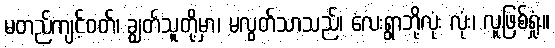
မတည်ကျင့်ဝတ်၊ ချွတ်သူတို့မှာ၊ မလွတ်သာသည်၊ လေးရွာဘို့လုံး လုံး၊ လူဖြစ်ရှုံး။